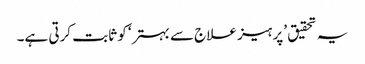
یہ تحقیق ’پرہیز علاج سے بہتر‘ کو ثابت کرتی ہے۔